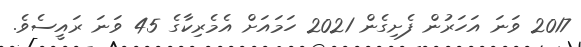
2017 ވަނަ އަހަރުން ފެށިގެން 2021 ހަމައަށް އެމެރިކާގެ 45 ވަނަ ރައީސެވެ.